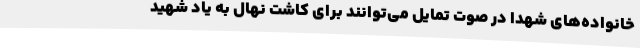
خانواده‌های شهدا در صوت تمایل می‌توانند برای کاشت نهال به یاد شهید